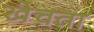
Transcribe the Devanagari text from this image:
खेचता